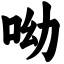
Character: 呦